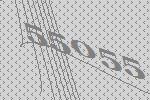
55055